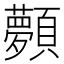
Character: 顭